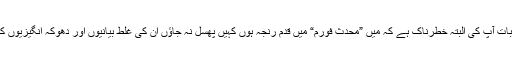
دوسری بات آپ کی البتہ خطرناک ہے کہ میں ”محدث فورم“ میں قدم رنجہ ہوں کہیں پھسل نہ جاؤں ان کی غلط بیانیوں اور دھوکہ انگیزیوں کے سبب۔